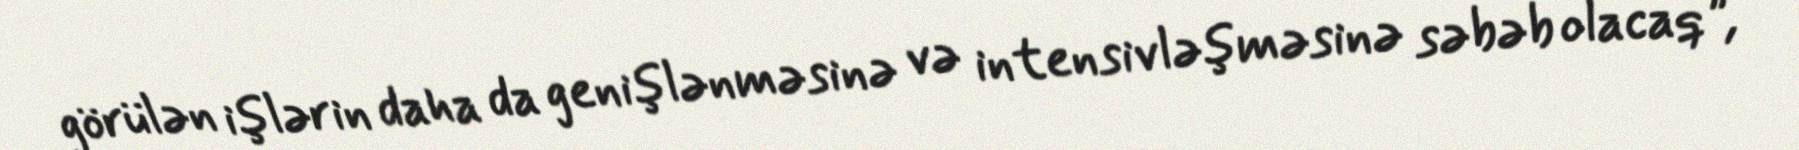
görülən işlərin daha da genişlənməsinə və intensivləşməsinə səbəb olacaq”, -